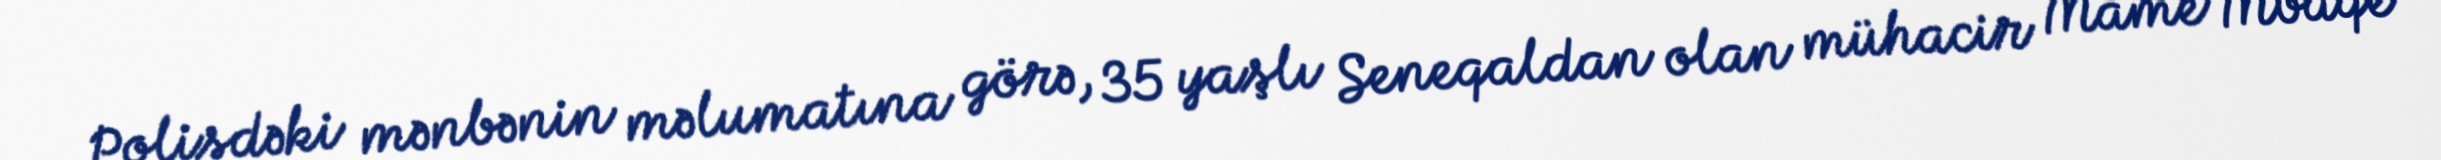
Polisdəki mənbənin məlumatına görə, 35 yaşlı Seneqaldan olan mühacir Mame Mbaqe